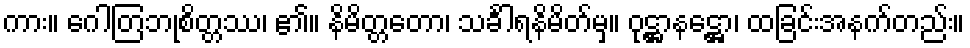
ကား။ ဂေါတြဘုစိတ္တဿ၊ ၏။ နိမိတ္တတော၊ သင်္ခါရနိမိတ်မှ။ ဝုဋ္ဌာနဋ္ဌော၊ ထခြင်းအနက်တည်း။